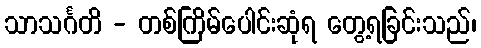
သာသင်္ဂတိ - တစ်ကြိမ်ပေါင်းဆုံရ တွေ့ရခြင်းသည်၊